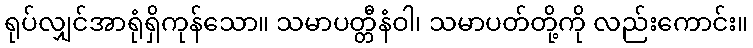
ရုပ်လျှင်အာရုံရှိကုန်သော။ သမာပတ္တီနံဝါ၊ သမာပတ်တို့ကို လည်းကောင်း။